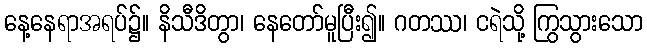
နေ့နေရာအရပ်၌။ နိသီဒိတွာ၊ နေတော်မူပြီး၍။ ဂတဿ၊ ငရဲသို့ ကြွသွားသော